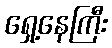
ရှေ့နေကြီး